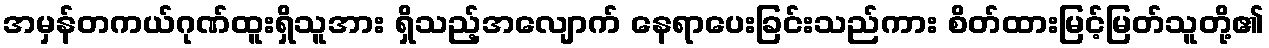
အမှန်တကယ်ဂုဏ်ထူးရှိသူအား ရှိသည့်အလျောက် နေရာပေးခြင်းသည်ကား စိတ်ထားမြင့်မြတ်သူတို့၏